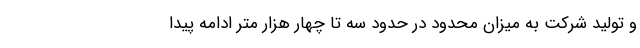
و تولید شرکت به میزان محدود در حدود سه تا چهار هزار متر ادامه پیدا